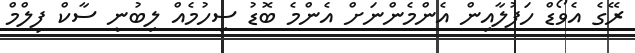
ރޭގެ އެވޯޑް ހަފުލާއިން އެންމެންނަށް އެންމެ ބޮޑު ސިހުމެއް ލިބުނީ ސާކް ފިލްމް